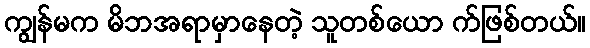
ကျွန်မက မိဘအရာမှာနေတဲ့ သူတစ်ယော က်ဖြစ်တယ်။